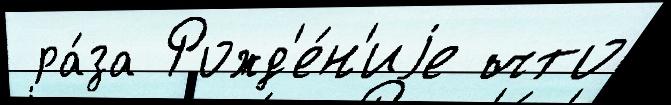
 ра́за Рожд'е́н'иjе что